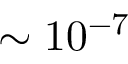
\sim 1 0 ^ { - 7 }